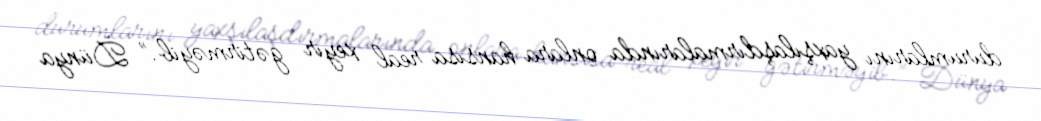
durumlarını yaxşılaşdırmalarında onlara hansısa real xeyir gətirməyib.” Dünya